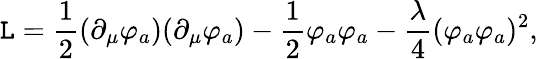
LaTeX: \mathtt{L}={\frac{{1}}{{2}}}(\partial_{\mu}\varphi_{a})(\partial_{\mu}\varphi_{a})-{\frac{{1}}{{2}}}\varphi_{a}\varphi_{a}-{\frac{{\lambda}}{{4}}}(\varphi_{a}\varphi_{a})^{2},